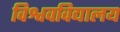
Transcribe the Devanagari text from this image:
विश्ववविद्यालय